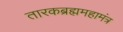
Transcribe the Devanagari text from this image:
तारकब्रह्ममहामंत्र